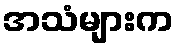
အသံများက